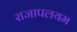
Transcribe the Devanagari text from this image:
राजापलयम